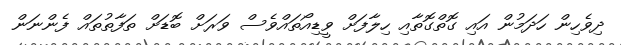
ދިވެހިން ހަދަމުން އައި ގޮތްގޮތާއި ހިލާފަށް ވީޑިއޯތައްވެސް ވަރަށް ބޮޑަށް ތަފާތުތައް ފެންނަން